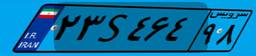
۲۳S۴۶۴۹۸